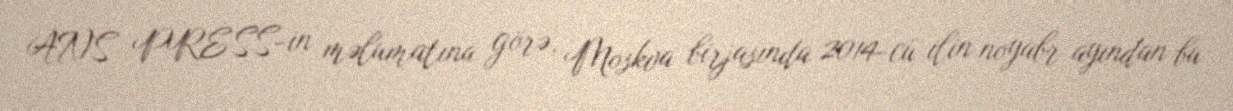
ANS PRESS-in məlumatına görə, Moskva birjasında 2014-cü ilin noyabr ayından bu